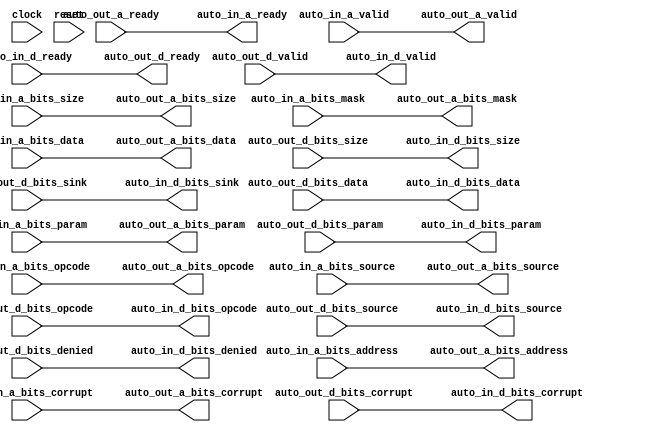
module TLWidthWidget_1(
  input         clock,
  input         reset,
  output        auto_in_a_ready,
  input         auto_in_a_valid,
  input  [2:0]  auto_in_a_bits_opcode,
  input  [2:0]  auto_in_a_bits_param,
  input  [3:0]  auto_in_a_bits_size,
  input         auto_in_a_bits_source,
  input  [31:0] auto_in_a_bits_address,
  input  [7:0]  auto_in_a_bits_mask,
  input  [63:0] auto_in_a_bits_data,
  input         auto_in_a_bits_corrupt,
  input         auto_in_d_ready,
  output        auto_in_d_valid,
  output [2:0]  auto_in_d_bits_opcode,
  output [1:0]  auto_in_d_bits_param,
  output [3:0]  auto_in_d_bits_size,
  output        auto_in_d_bits_source,
  output [1:0]  auto_in_d_bits_sink,
  output        auto_in_d_bits_denied,
  output [63:0] auto_in_d_bits_data,
  output        auto_in_d_bits_corrupt,
  input         auto_out_a_ready,
  output        auto_out_a_valid,
  output [2:0]  auto_out_a_bits_opcode,
  output [2:0]  auto_out_a_bits_param,
  output [3:0]  auto_out_a_bits_size,
  output        auto_out_a_bits_source,
  output [31:0] auto_out_a_bits_address,
  output [7:0]  auto_out_a_bits_mask,
  output [63:0] auto_out_a_bits_data,
  output        auto_out_a_bits_corrupt,
  output        auto_out_d_ready,
  input         auto_out_d_valid,
  input  [2:0]  auto_out_d_bits_opcode,
  input  [1:0]  auto_out_d_bits_param,
  input  [3:0]  auto_out_d_bits_size,
  input         auto_out_d_bits_source,
  input  [1:0]  auto_out_d_bits_sink,
  input         auto_out_d_bits_denied,
  input  [63:0] auto_out_d_bits_data,
  input         auto_out_d_bits_corrupt
);
  assign auto_in_a_ready = auto_out_a_ready; // @[Nodes.scala 1207:84 LazyModule.scala 311:12]
  assign auto_in_d_valid = auto_out_d_valid; // @[Nodes.scala 1207:84 LazyModule.scala 311:12]
  assign auto_in_d_bits_opcode = auto_out_d_bits_opcode; // @[Nodes.scala 1207:84 LazyModule.scala 311:12]
  assign auto_in_d_bits_param = auto_out_d_bits_param; // @[Nodes.scala 1207:84 LazyModule.scala 311:12]
  assign auto_in_d_bits_size = auto_out_d_bits_size; // @[Nodes.scala 1207:84 LazyModule.scala 311:12]
  assign auto_in_d_bits_source = auto_out_d_bits_source; // @[Nodes.scala 1207:84 LazyModule.scala 311:12]
  assign auto_in_d_bits_sink = auto_out_d_bits_sink; // @[Nodes.scala 1207:84 LazyModule.scala 311:12]
  assign auto_in_d_bits_denied = auto_out_d_bits_denied; // @[Nodes.scala 1207:84 LazyModule.scala 311:12]
  assign auto_in_d_bits_data = auto_out_d_bits_data; // @[Nodes.scala 1207:84 LazyModule.scala 311:12]
  assign auto_in_d_bits_corrupt = auto_out_d_bits_corrupt; // @[Nodes.scala 1207:84 LazyModule.scala 311:12]
  assign auto_out_a_valid = auto_in_a_valid; // @[Nodes.scala 1210:84 LazyModule.scala 309:16]
  assign auto_out_a_bits_opcode = auto_in_a_bits_opcode; // @[Nodes.scala 1210:84 LazyModule.scala 309:16]
  assign auto_out_a_bits_param = auto_in_a_bits_param; // @[Nodes.scala 1210:84 LazyModule.scala 309:16]
  assign auto_out_a_bits_size = auto_in_a_bits_size; // @[Nodes.scala 1210:84 LazyModule.scala 309:16]
  assign auto_out_a_bits_source = auto_in_a_bits_source; // @[Nodes.scala 1210:84 LazyModule.scala 309:16]
  assign auto_out_a_bits_address = auto_in_a_bits_address; // @[Nodes.scala 1210:84 LazyModule.scala 309:16]
  assign auto_out_a_bits_mask = auto_in_a_bits_mask; // @[Nodes.scala 1210:84 LazyModule.scala 309:16]
  assign auto_out_a_bits_data = auto_in_a_bits_data; // @[Nodes.scala 1210:84 LazyModule.scala 309:16]
  assign auto_out_a_bits_corrupt = auto_in_a_bits_corrupt; // @[Nodes.scala 1210:84 LazyModule.scala 309:16]
  assign auto_out_d_ready = auto_in_d_ready; // @[Nodes.scala 1210:84 LazyModule.scala 309:16]
endmodule